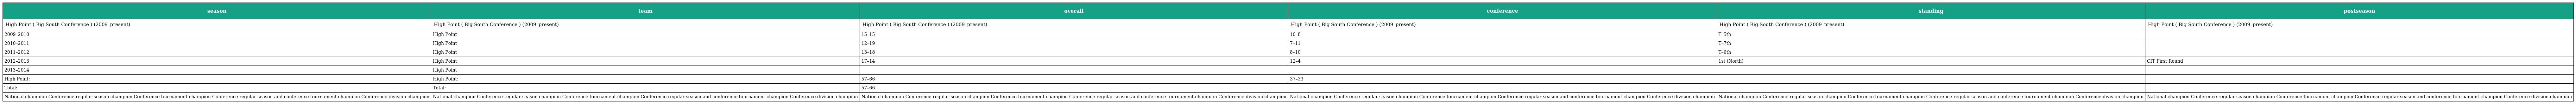
| season | team | overall | conference | standing | postseason |
 | --- | --- | --- | --- | --- | --- |
 | High Point ( Big South Conference ) (2009–present) | High Point ( Big South Conference ) (2009–present) | High Point ( Big South Conference ) (2009–present) | High Point ( Big South Conference ) (2009–present) | High Point ( Big South Conference ) (2009–present) | High Point ( Big South Conference ) (2009–present) |
 | 2009–2010 | High Point | 15–15 | 10–8 | T–5th |  |
 | 2010–2011 | High Point | 12–19 | 7–11 | T–7th |  |
 | 2011–2012 | High Point | 13–18 | 8–10 | T–6th |  |
 | 2012–2013 | High Point | 17–14 | 12–4 | 1st (North) | CIT First Round |
 | 2013–2014 | High Point |  |  |  |  |
 | High Point: | High Point: | 57–66 | 37–33 |  |  |
 | Total: | Total: | 57–66 |  |  |  |
 | National champion Conference regular season champion Conference tournament champion Conference regular season and conference tournament champion Conference division champion | National champion Conference regular season champion Conference tournament champion Conference regular season and conference tournament champion Conference division champion | National champion Conference regular season champion Conference tournament champion Conference regular season and conference tournament champion Conference division champion | National champion Conference regular season champion Conference tournament champion Conference regular season and conference tournament champion Conference division champion | National champion Conference regular season champion Conference tournament champion Conference regular season and conference tournament champion Conference division champion | National champion Conference regular season champion Conference tournament champion Conference regular season and conference tournament champion Conference division champion |